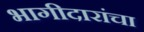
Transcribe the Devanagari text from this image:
भागीदारांचा